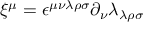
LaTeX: \xi ^ { \mu } = \epsilon ^ { \mu \nu \lambda \rho \sigma } \partial _ { \nu } \lambda _ { \lambda \rho \sigma }